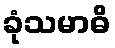
ခုံသမာဓိ